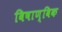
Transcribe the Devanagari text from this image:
विषाण्विक